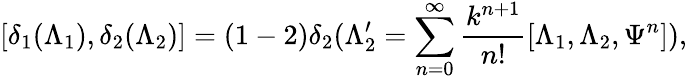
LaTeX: [\delta_{1}(\Lambda_{1}),\delta_{2}(\Lambda_{2})]=(1-2)\delta_{2}(\Lambda_{2}^{\prime}=\sum_{n=0}^{\infty}\frac{k^{n+1}}{n!}[\Lambda_{1},\Lambda_{2},\Psi^{n}]),